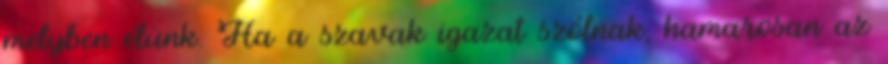
melyben élünk. Ha a szavak igazat szólnak, hamarosan az